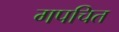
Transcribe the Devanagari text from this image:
गपचित